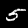
Label: 5